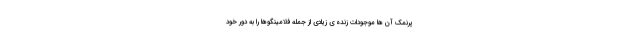
پرنمک آن ها موجودات زنده ی زیادی از جمله فلامینگوها را به دور خود